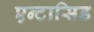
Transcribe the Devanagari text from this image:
एन्टासिड